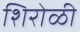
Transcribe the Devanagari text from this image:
शिरोळी